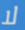
لا